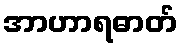
အာဟာရဓာတ်